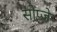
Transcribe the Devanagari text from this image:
सोप्जे